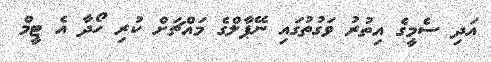
އަދި ސެމީގެ އިތުރު ވަގުތުގައި ނޭޕާލްގެ މައްޗަށް ކުރި ހޯދާ އެ ޓީމް